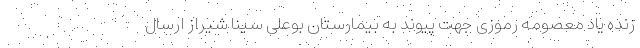
زنده یاد معصومه رموزی جهت پیوند به بیمارستان بوعلی سینا شیراز ارسال